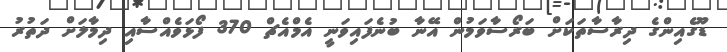
ޑޫގެއިންގެ ދިރާސާތަކަށް ބަރޯސާވަމުން އޭނާ ބުނެފައިވަނީ އެމްއެޗް 370 ފޯޅަވެއްސާއި ދިމާލަށް ދަތުރު